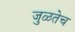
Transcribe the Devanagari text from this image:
जुळतेच